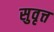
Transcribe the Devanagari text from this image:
सुवृत्त